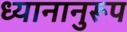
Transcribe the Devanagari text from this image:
ध्यानानुरूप